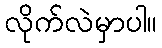
လိုက်လဲမှာပါ။